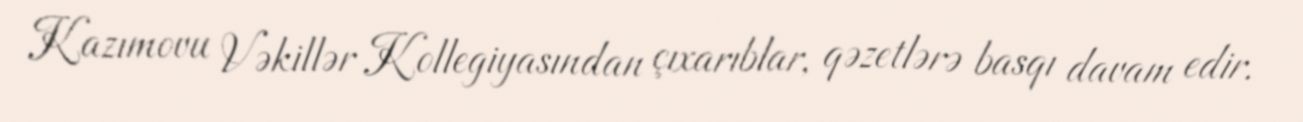
Kazımovu Vəkillər Kollegiyasından çıxarıblar, qəzetlərə basqı davam edir.